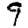
Digit: 9